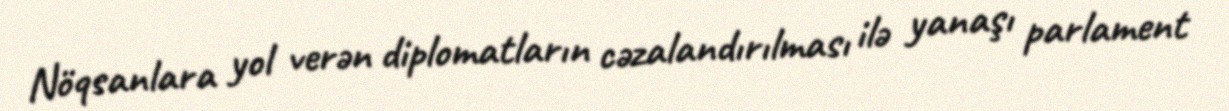
Nöqsanlara yol verən diplomatların cəzalandırılması ilə yanaşı parlament